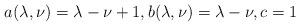
LaTeX: \begin{align*}a (\lambda, \nu) = \lambda - \nu + 1 ,b (\lambda, \nu) = \lambda - \nu,c = 1\end{align*}